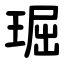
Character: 㻕